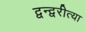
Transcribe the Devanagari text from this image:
द्वन्द्वरीत्या